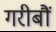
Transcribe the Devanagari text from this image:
गरीबौं